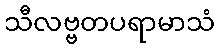
သီလဗ္ဗတပရာမာသံ